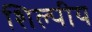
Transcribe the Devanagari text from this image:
शिल्पीय